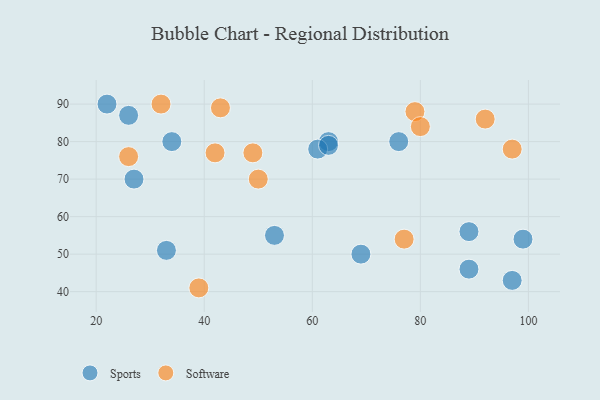
{"axis": {"x": "GDP", "y": "Life Expectancy"}, "legend": ["Software", "Sports"], "data": [{"x": "89", "y": 46, "type": "Sports"}, {"x": "97", "y": 43, "type": "Sports"}, {"x": "63", "y": 80, "type": "Sports"}, {"x": "27", "y": 70, "type": "Sports"}, {"x": "33", "y": 51, "type": "Sports"}, {"x": "34", "y": 80, "type": "Sports"}, {"x": "22", "y": 90, "type": "Sports"}, {"x": "53", "y": 55, "type": "Sports"}, {"x": "61", "y": 78, "type": "Sports"}, {"x": "69", "y": 50, "type": "Sports"}, {"x": "89", "y": 56, "type": "Sports"}, {"x": "26", "y": 87, "type": "Sports"}, {"x": "99", "y": 54, "type": "Sports"}, {"x": "63", "y": 79, "type": "Sports"}, {"x": "76", "y": 80, "type": "Sports"}, {"x": "79", "y": 88, "type": "Software"}, {"x": "92", "y": 86, "type": "Software"}, {"x": "50", "y": 70, "type": "Software"}, {"x": "43", "y": 89, "type": "Software"}, {"x": "39", "y": 41, "type": "Software"}, {"x": "80", "y": 84, "type": "Software"}, {"x": "32", "y": 90, "type": "Software"}, {"x": "97", "y": 78, "type": "Software"}, {"x": "42", "y": 77, "type": "Software"}, {"x": "77", "y": 54, "type": "Software"}, {"x": "26", "y": 76, "type": "Software"}, {"x": "49", "y": 77, "type": "Software"}]}